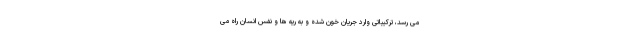
می رسد، ترکیباتی وارد جریان خون شده و به ریه ها و نفس انسان راه می